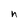
Character: n